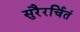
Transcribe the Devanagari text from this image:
सुरैरर्चितं